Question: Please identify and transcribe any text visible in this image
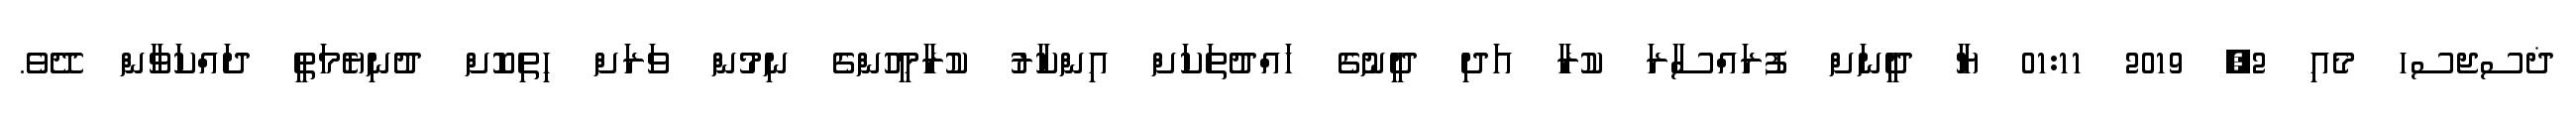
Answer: ޛސޖސހ މެއި 2, 2019 01:11 ޔާ ދީނަށް ފުރައްސާރަ ކުރާ އަދި ދީނުގެ ހައްދުތަކަށް އިންކާރު ކުރާމީހުންގެ ނިމުން ވަރަށް ހިތިކޮށް ދުނިޔެމަތީ ދައްކަވާން ދޭވެ.